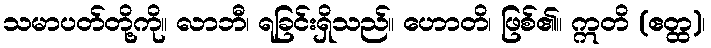
သမာပတ်တို့ကို။ လာဘီ၊ ရခြင်းရှိသည်။ ဟောတိ၊ ဖြစ်၏။ ဣတိ (ဧတ္ထ)၊